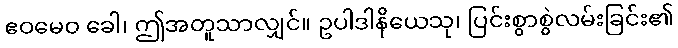
ဧဝမေဝ ခေါ၊ ဤအတူသာလျှင်။ ဥပါဒါနိယေသု၊ ပြင်းစွာစွဲလမ်းခြင်း၏